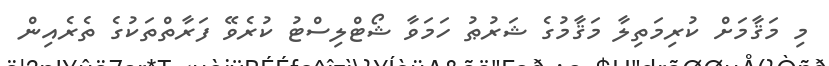
މި މަޤާމަށް ކުރިމަތިލާ މަޤާމުގެ ޝަރުޠު ހަމަވާ ޝޯޓްލިސްޓު ކުރެވޭ ފަރާތްތަކުގެ ތެރެއިން